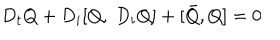
D _ { t } Q + D _ { i } [ Q , ~ D _ { i } Q ] + [ \bar { Q } , Q ] = 0